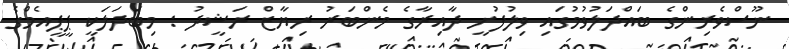
ނޫސްވެރިންގެ ބައްދަލުވުމުގައި ވިލުފުށީ ދާއިރާގެ މެންބަރު ރިޔާޒް ރަޝީދު : މިބަދަލަކީ ޕީޕީއެމްގެ